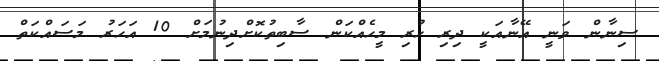
ސިނާން ވަނީ އޭނާއަކީ ދިރި ހުރި މީހެއްކަން ސާބިތުކޮށްދިނުމަށް 10 އަހަރު މަސައްކަތް